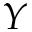
Y